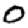
Digit: 0